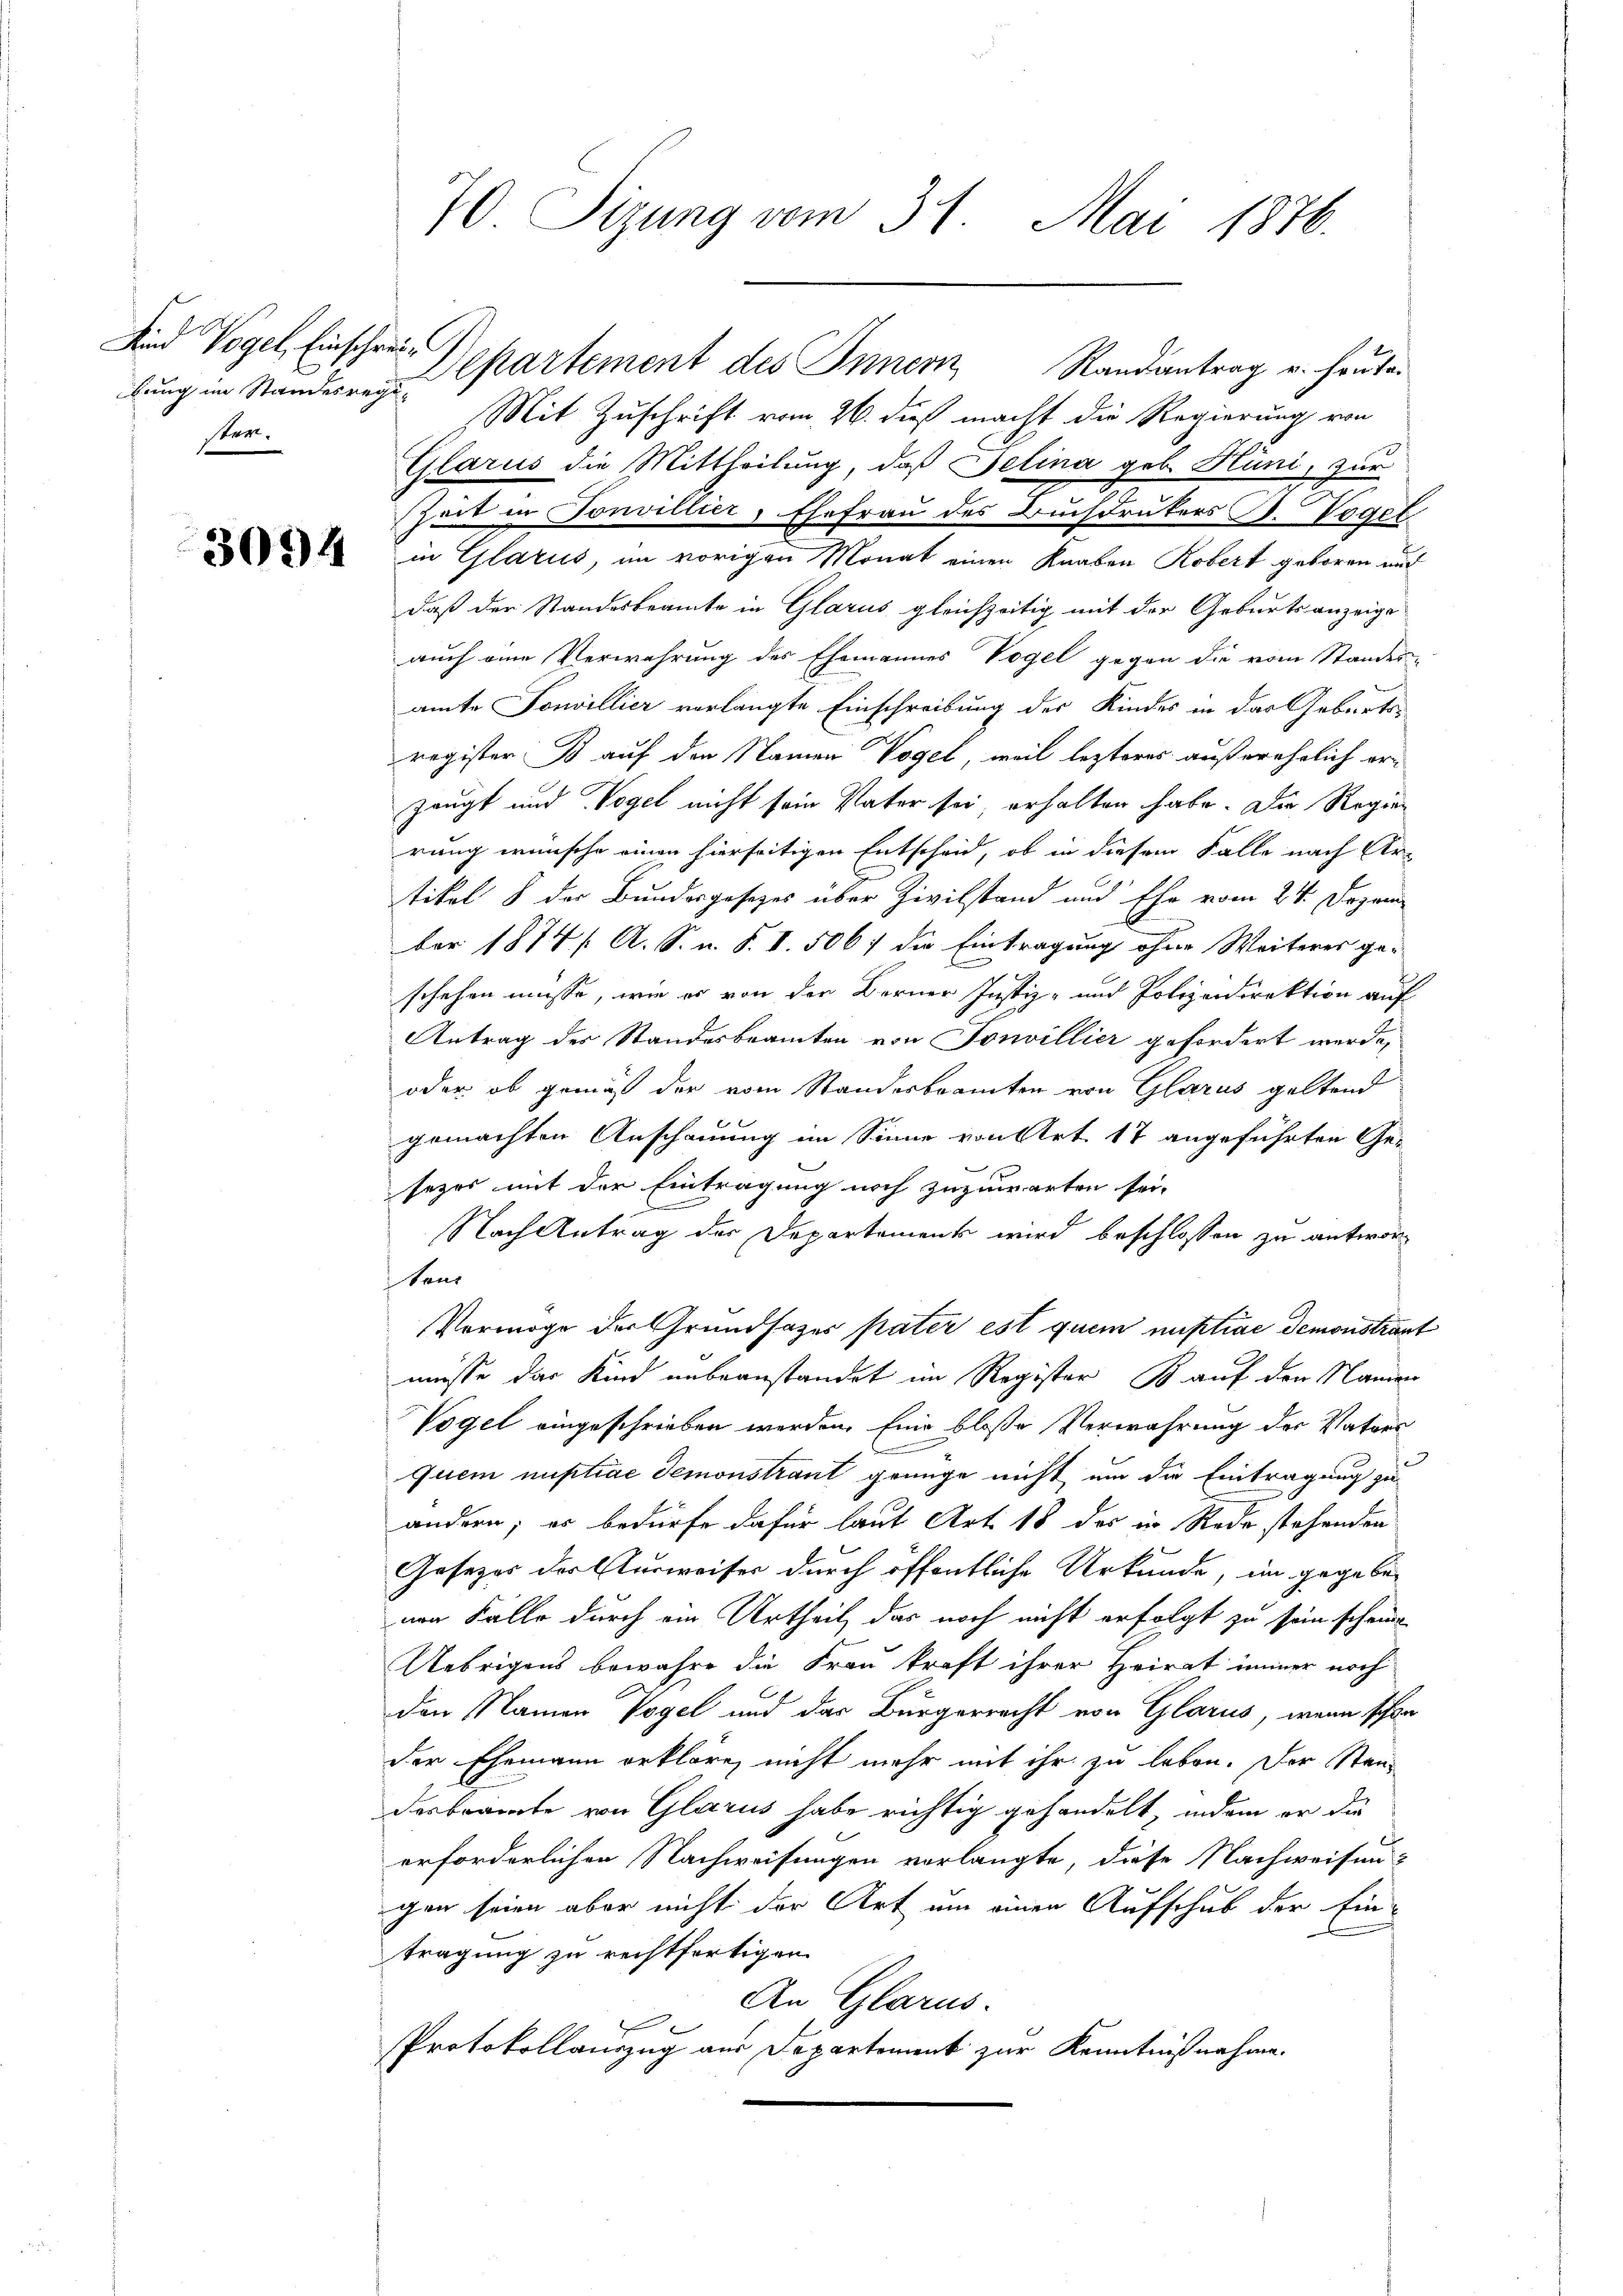
Sind Vogel, Einschrei
bung im Standesregister.

3094

Mit Zuschrift vom 26. dieß macht die Regierung von
Glarus die Mittheilung, daß Selina geb. Hüni, zur
szeit in Tonvillier, Ehefrau des Buchdrukers J. Vogel
in Glarus, im vorigen Monat einen Knaben Robert geboren auch
daß der Standesbeamte in Glarus gleichzeitig mit der Geburtsanzeige
auch eine Verwahrung des Ehemannes Vogel gegen die vom Standes-
amte Sonvillier verlangte Einschreibung des Kindes in das Geburtsregister B auf den Namen Vogel, weil lezteres außerehelich erzeugt und Vogel nicht sein Vater sei, erhalten habe. Die Regerrung wünsche einen hierseitigen Entscheid, ob in diesem Falle nach Artikel 8 der Bundesgesezes über Zivilstand und Ehe vom 24. Dezem
ber 1874 / A. S. u. S. I. 506. die Eintragung ohne Weiteres ge-
schehen müsse, wie es von der Berner Justiz- und Polizeidirektion auf
Antrag des Standesbeamten von Tonvillier gefordert werde,
oder ob gemäß der vom Standesbeamten von Glarus geltend
gemachten Anschauung im Sinne von Art. 17 angeführten Gesezes mit der Eintragung noch zuzuwarten sei.
Nach Antrag der Departement wird beschlossen zu antwortons
Vermöge der Grundsatzes pater est quem mistiae demonstrant
müsse das Kind unbeanstandet im Register B auf den Namen
Vogel eingeschrieben werden. Eine bloße Verwahrung des Vaters
quem nuptiae demonstraut grünge nicht um die Eintragung zu
ändern; er bedürfe dafür laut Art. 18 des in Rede stehenden
Gesetzer der Ausweiser durch öffentliche Urkunde, im gegeben
nen Falle durch ein Urtheil das noch nicht erfolgt zu sein scheine
Uebrigens bewahre die Frau kraft ihrer Heirat immer noch
.
den Namen Vogel und das Bürgerrecht von Glarus, wenn schon
der Ehemann erkläre, nicht mehr mit ihr zu leben. Der Standesbeamte von Glarus habe richtig gehandelt, indem er die
erforderlichen Nachweisungen vorlangte, diese Nachweisen-
gen seien aber nicht der Art um einen Aufschub der Ein-
tragung zu rechtfertigen
An Glarus.
PProtokollauszug aus Departement zur Kenntnißnahme.

70 Sizung vom 31. Mai 1876.

Departement des Innern Randantrag u. heute.